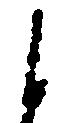
自